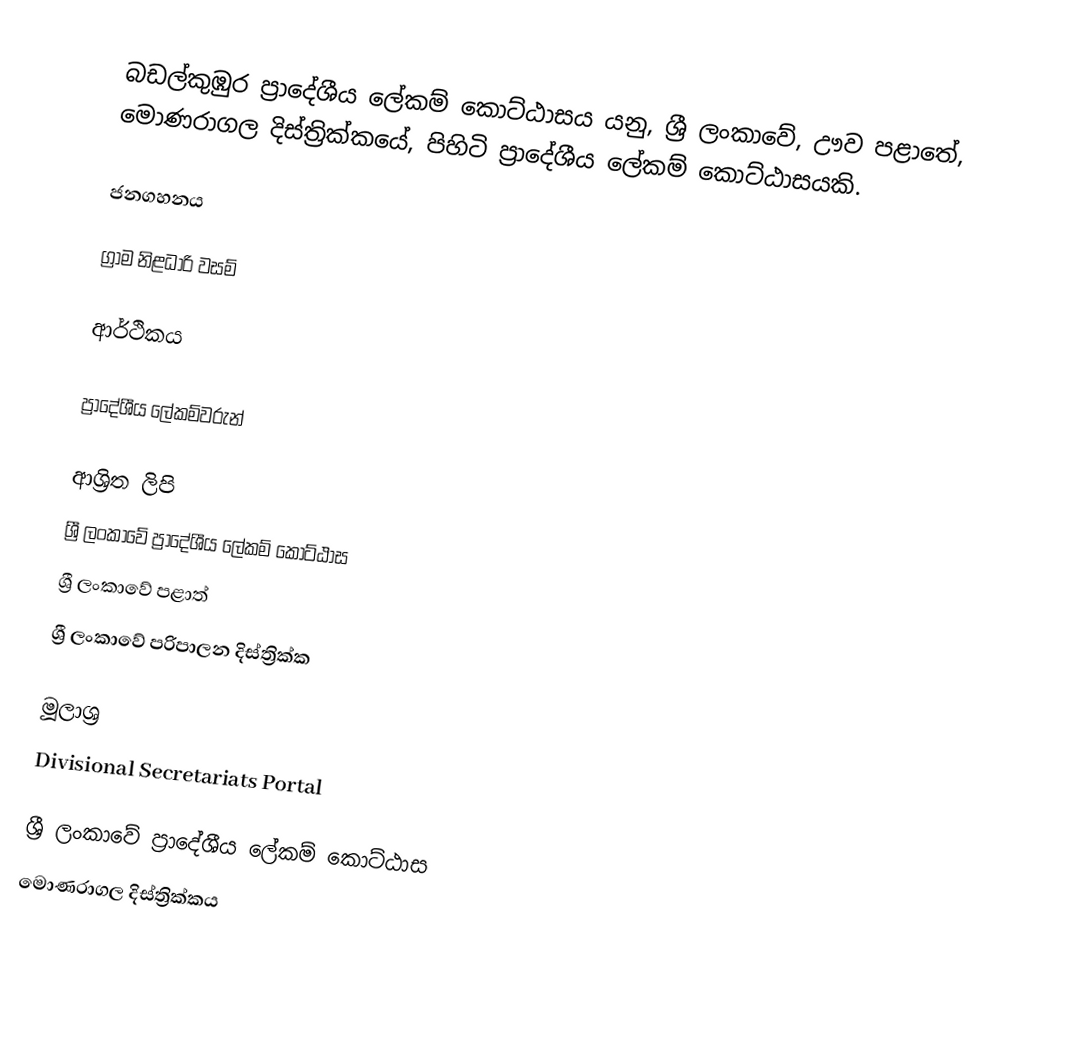
බඩල්කුඹුර ප්‍රාදේශීය ලේකම් කොට්ඨාසය යනු,  ශ්‍රී ලංකාවේ, ඌව පළාතේ,   මොණරාගල දිස්ත්‍රික්කයේ, පිහිටි ප්‍රාදේශීය ලේකම් කොට්ඨාසයකි.

ජනගහනය

ග්‍රාම නිළධාරි වසම්

ආර්ථිකය

ප්‍රාදේශීය ලේකම්වරුන්

ආශ්‍රිත ලිපි
ශ්‍රී ලංකාවේ ප්‍රාදේශීය ලේකම් කොට්ඨාස
ශ්‍රී ලංකාවේ පළාත්
ශ්‍රී ලංකාවේ පරිපාලන දිස්ත්‍රික්ක

මූලාශ්‍ර
 Divisional Secretariats Portal

ශ්‍රී ලංකාවේ ප්‍රාදේශීය ලේකම් කොට්ඨාස
මොණරාගල දිස්ත්‍රික්කය